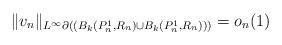
LaTeX: \begin{align*}\|v_n\|_{L^\infty{\partial(\left(B_k(P_n^1,R_n) \cup B_k(P_n^1,R_n)\right))}} = o_n(1)\end{align*}